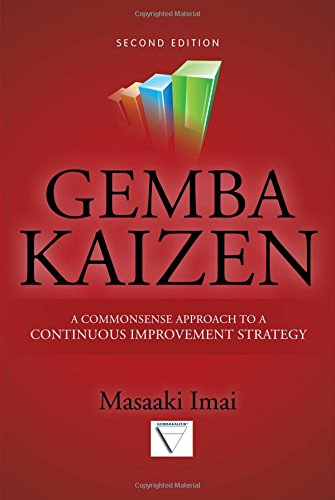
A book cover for Gemba Kaizen: A Commonsense Approach to a Continuous Improvement Strategy, Second Edition; Masaaki Imai; Engineering & Transportation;